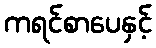
ကရင်စာပေနှင့်